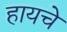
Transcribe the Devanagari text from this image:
हायचे